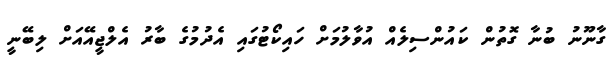
ގާނޫނު ބުނާ ގޮތުން ކައުންސިލެއް އުވާލުމަށް ހައިކޯޓުގައި އެދުމުގެ ބާރު އެލްޖީއޭއަށް ލިބޭނީ